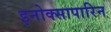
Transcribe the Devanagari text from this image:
इनोक्सापारिन